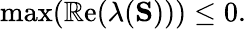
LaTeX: \operatorname*{max}(\operatorname{\mathbb{R}e}(\lambda(\mathbf{{S}})))\leq0.